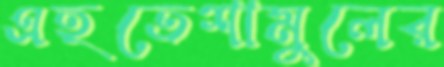
এহতেশামুলের